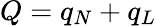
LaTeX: Q=q_{N}+q_{L}